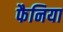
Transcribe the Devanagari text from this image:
फैनिया